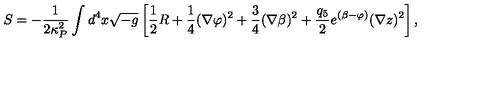
S = - \frac { 1 } { 2 \kappa _ { P } ^ { 2 } } \int d ^ { 4 } x \sqrt { - g } \left[ \frac { 1 } { 2 } R + \frac { 1 } { 4 } ( \nabla \varphi ) ^ { 2 } + \frac { 3 } { 4 } ( \nabla \beta ) ^ { 2 } + \frac { q _ { 5 } } { 2 } e ^ { ( \beta - \varphi ) } ( \nabla z ) ^ { 2 } \right] ,